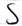
Text: S